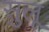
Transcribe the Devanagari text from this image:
सुलू